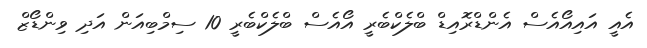
އެއީ އައިއޯއެސް އެންޑްރޮއިޑް ބްލެކްބެރީ އޯއެސް ބްލެކްބެރީ 10 ސިމްބިއަން އަދި ވިންޑޯޒް